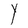
Character: Y